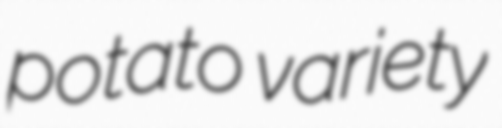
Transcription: potato variety